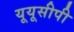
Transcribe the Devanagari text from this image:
यूयूसीपी